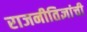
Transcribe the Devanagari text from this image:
राजनीतिज्ञांची